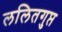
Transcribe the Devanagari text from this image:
ललितगुप्त